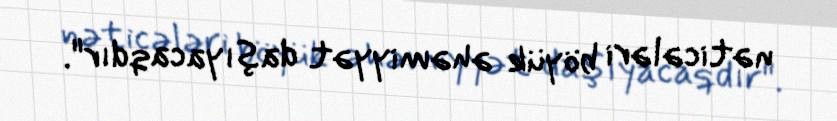
nəticələri böyük əhəmiyyət daşıyacaqdır".